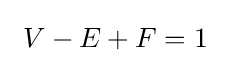
\ V-E+F=1~